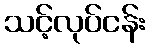
သင့်လုပ်ငန်း